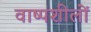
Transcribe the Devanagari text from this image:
वाष्पशीलों